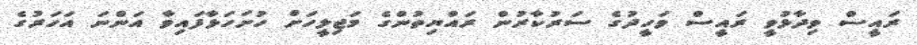
ރައީސް ވިދާޅުވީ ރައީސް ވަހީދުގެ ސަރުކާރުން ރައްޔިތުންގެ މަޖިލީހަށް ހުށަހަޅާފައިވާ އަންނަ އަހަރުގެ